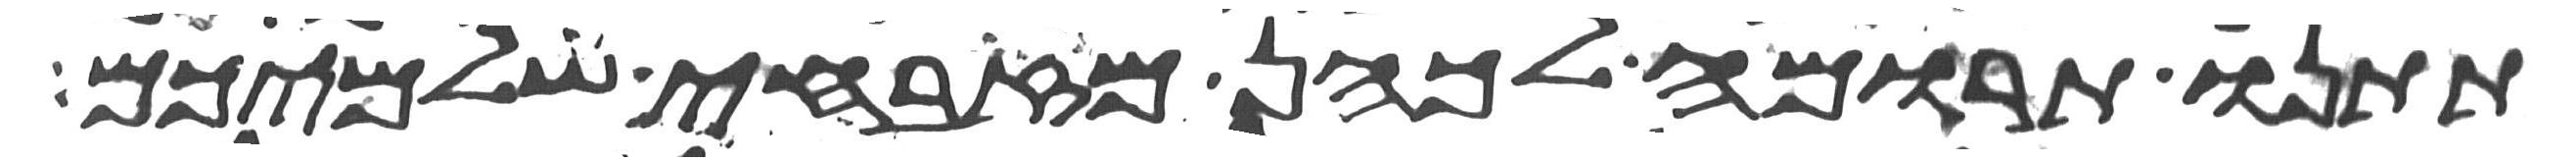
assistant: תתנו תרומה לכהן מזבחי שלמיכם